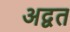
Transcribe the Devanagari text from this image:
अद्वत